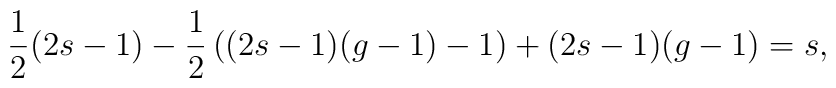
{1\over 2}(2s-1)-{1\over 2}\left( (2s-1)(g-1)-1 \right)+(2s-1)(g-1)=s,